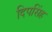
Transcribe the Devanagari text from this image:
दिपसिंह